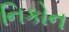
નિકોન